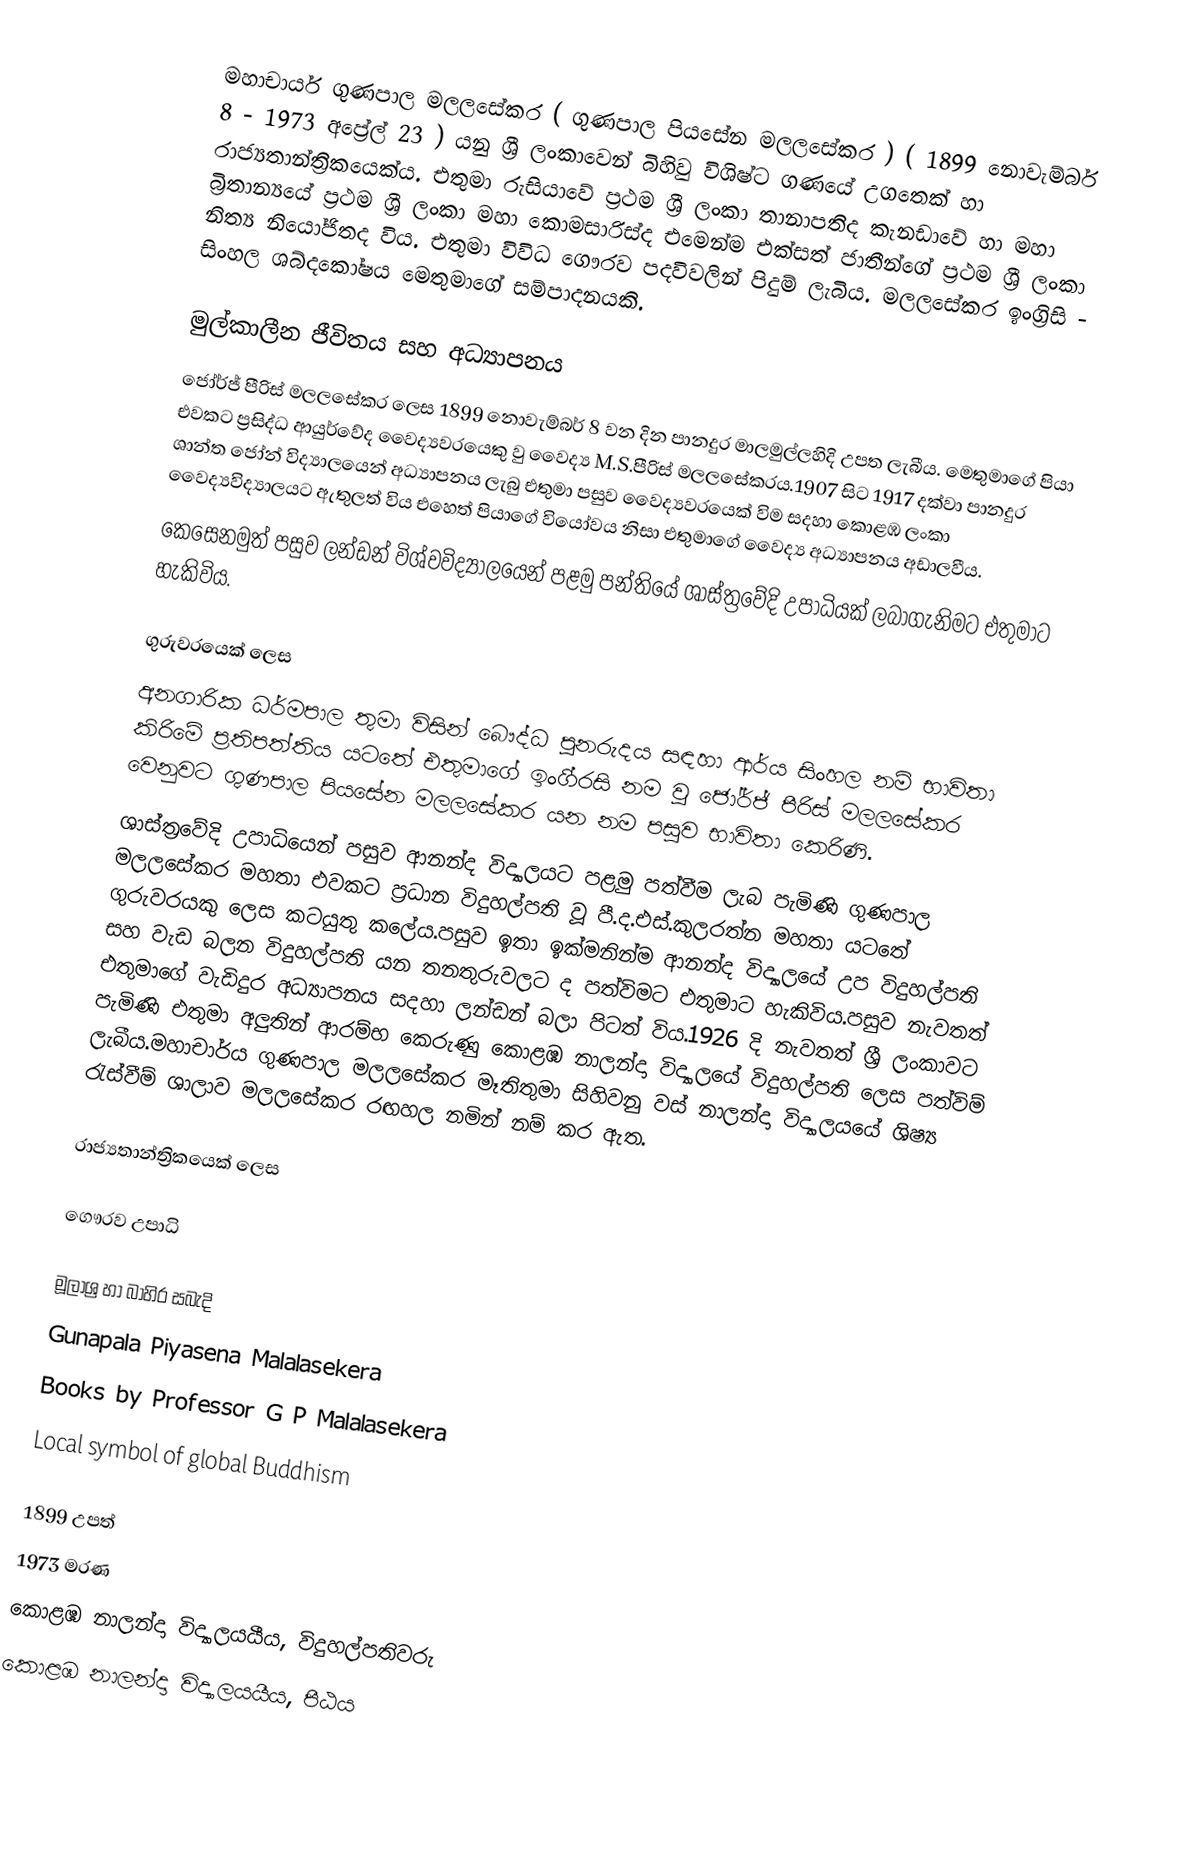
මහාචාර්ය ගුණපාල මලලසේකර ( ගුණපාල පියසේන මලලසේකර ) ( 1899 නොවැම්බර් 8 - 1973 අප්‍රේල් 23 ) යනු ශ්‍රී ලංකාවෙන් බිහිවු විශිෂ්ට ගණයේ උගතෙක් හා රාජ්‍යතාන්ත්‍රිකයෙක්ය. එතුමා රුසියාවේ ප්‍රථම ශ්‍රී ලංකා තානාපතිද කැනඩාවේ හා මහා බ්‍රිතාන්‍යයේ ප්‍රථම ශ්‍රී ලංකා මහා කොමසාරිස්ද එමෙන්ම එක්සත් ජාතීන්ගේ ප්‍රථම ශ්‍රී ලංකා නිත්‍ය නියෝජිතද විය. එතුමා විවිධ ගෞරව පදවිවලින් පිදුම් ලැබිය. මලලසේකර ඉංග්‍රිසි - සිංහල ශබ්දකෝෂය මෙතුමාගේ සම්පාදනයකි.

මුල්කාලීන ජීවිතය සහ අධ්‍යාපනය
ජෝර්ජ් පීරිස් මලලසේකර ලෙස 1899 නොවැම්බර් 8 වන දින පානදුර මාලමුල්ලහිදි උපත ලැබීය. මෙතුමාගේ පියා එවකට ප්‍රසිද්ධ ආයුර්වේද වෛද්‍යවරයෙකු වු වෛද්‍ය M.S.පීරිස් මලලසේකරය.1907 සිට 1917 දක්වා පානදුර ශාන්ත ජෝන් විද්‍යාලයෙන් අධ්‍යාපනය ලැබු එතුමා පසුව වෛද්‍යවරයෙක් විම සදහා කොළඹ ලංකා වෛද්‍යවිද්‍යාලයට ඇතුලත් විය එහෙත් පියාගේ වියෝවය නිසා එතුමාගේ වෛද්‍ය අධ්‍යාපනය අඩාලවීය.
කෙසෙනමුත් පසුව ලන්ඩන් විශ්වවිද්‍යාලයෙන් පළමු පන්තියේ ශාස්ත්‍රවේදි උපාධියක් ලබාගැනිමට එතුමාට හැකිවිය.

ගුරුවරයෙක් ලෙස
අනගාරික ධර්මපාල තුමා විසින් බෞද්ධ පුනරුදය සඳහා ආර්ය සිංහල නම් භාවිතා කිරිමේ ප්‍රතිපත්තිය යටතේ එතුමාගේ ඉංගි‍්‍රසි නම වු ජෝර්ජ් පීරිස් මලලසේකර වෙනුවට ගුණපාල පියසේන මලලසේකර යන නම පසුව භාවිතා කෙරිණි.
ශාස්ත්‍රවේදි උපාධියෙන් පසුව ආනන්ද විද්‍යාලයට පළමු පත්වීම ලැබ පැමිණි ගුණපාල මලලසේකර මහතා එවකට ප්‍රධාන විදුහල්පති වූ පී.ද.එස්.කුලරත්න මහතා යටතේ ගුරුවරයකු ලෙස කටයුතු කලේය.පසුව ඉතා ඉක්මනින්ම ආනන්ද විද්‍යාලයේ උප විදුහල්පති සහ වැඩ බලන විදුහල්පති යන තනතුරුවලට ද පත්විමට එතුමාට හැකිවිය.පසුව නැවතත් එතුමාගේ වැඩිදුර අධ්‍යාපනය සදහා ලන්ඩන් බලා පිටත් විය.1926 දි නැවතත් ශ්‍රී ලංකාවට පැමිණි එතුමා අලුතින් ආරම්භ කෙරුණු කොළඹ නාලන්දා විද්‍යාලයේ විදුහල්පති ලෙස පත්විම් ලැබීය.මහාචාර්ය ගුණපාල මලලසේකර මෑතිතුමා සිහිවනු වස් නාලන්දා විද්‍යාලයයේ ශිෂ්‍ය රැස්වීම් ශාලාව මලලසේකර රඟහල නමින් නම් කර ඇත.

රාජ්‍යතාන්ත්‍රිකයෙක් ලෙස

ගෞරව උපාධි

මූලාශ්‍ර හා බාහිර සබැදි
 Gunapala Piyasena Malalasekera
  Books by Professor G P  Malalasekera
Local symbol of global Buddhism

1899 උපත්
1973 මරණ
කොළඹ නාලන්දා විද්‍යාලයයීය, විදුහල්පතිවරු
කොළඹ නාලන්දා විද්‍යාලයයීය, පීඨය